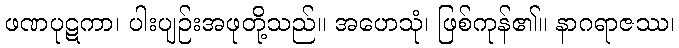
ဖဏပုဋကာ၊ ပါးပျဉ်းအဖုတို့သည်။ အဟေသုံ၊ ဖြစ်ကုန်၏။ နာဂရာဇဿ၊